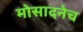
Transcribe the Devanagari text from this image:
मोसादनेच